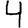
Digit: 4